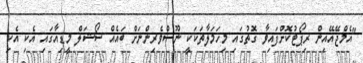
"އެމްޖޭއޭއިން ރިޕޯޓުކޮށްފައިވާ ގޮތުގައި މިހަމަލާތަކަކީ ނޫސްވެރިންނަށް ބައެއް ސޯޝަލް މީޑިއާގައި އެކި އެކި